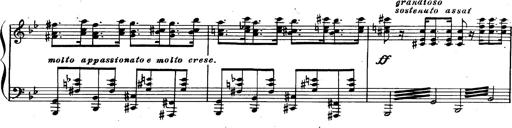
Title: Trauervorspiel und Trauermarsch
Composer: Franz Liszt